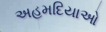
અહમદિયાઓ